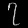
Digit: ၇